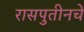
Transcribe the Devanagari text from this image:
रासपुतीनचे